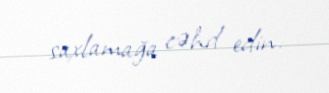
saxlamağa cəhd edin.